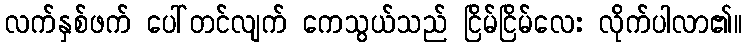
လက်နှစ်ဖက် ပေါ်တင်လျက် ကေသွယ်သည် ငြိမ်ငြိမ်လေး လိုက်ပါလာ၏။